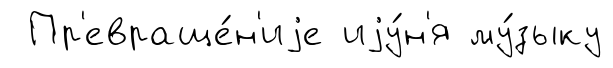
Пр'евраще́н'иjе иjу́н'я му́зыку